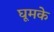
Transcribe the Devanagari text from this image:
घूमके